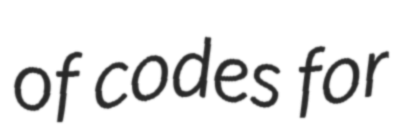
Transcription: of codes for